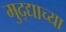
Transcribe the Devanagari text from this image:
मुद्द्याच्‍या